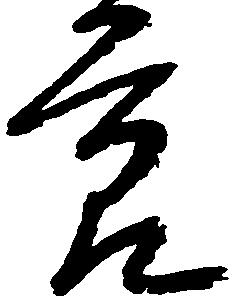
節